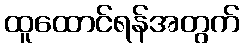
ထူထောင်ရန်အတွက်